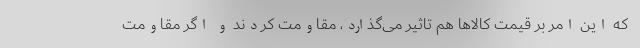
که این امر بر قیمت کالاها هم تاثیر می‌گذارد، مقاومت کردند و اگر مقاومت